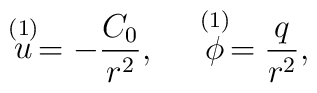
\stackrel{(1)}{u} = -{C_0 \over r^2}, \ \ \ \  \stackrel{(1)}{\phi} = {q \over r^2},